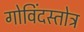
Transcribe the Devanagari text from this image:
गोविंदस्तोत्र